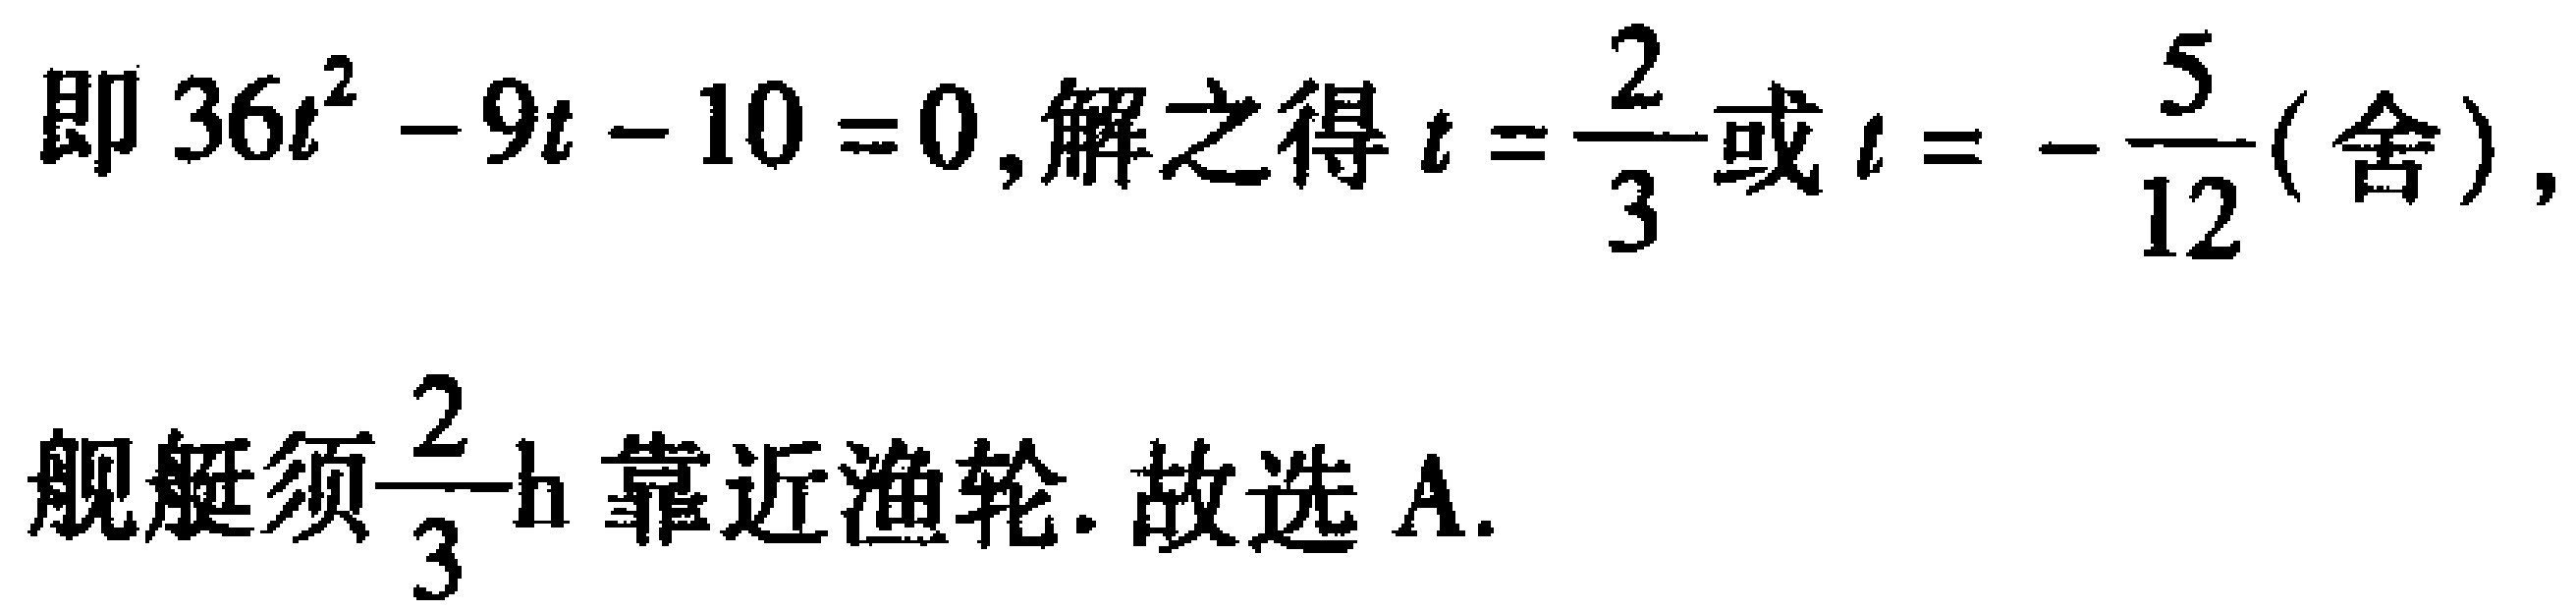
即 \(36t^{2}-9t - 10 = 0\),解之得 \(t=\frac{2}{3}\)或 \(t = -\frac{5}{12}\)(舍),
舰艇须\(\frac{2}{3}\text{h}\)靠近渔轮. 故选A.